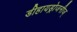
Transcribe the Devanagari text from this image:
डीहायड्रोजनीज्